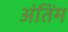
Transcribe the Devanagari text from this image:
अंतिंम